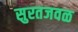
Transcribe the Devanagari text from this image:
सुरतजवळ